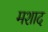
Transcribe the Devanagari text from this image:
मशाद